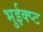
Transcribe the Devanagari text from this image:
भुईक्प्ट